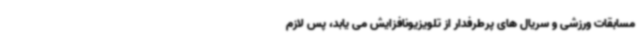
مسابقات ورزشی و سریال های پرطرفدار از تلویزیونافزایش می یابد، پس لازم